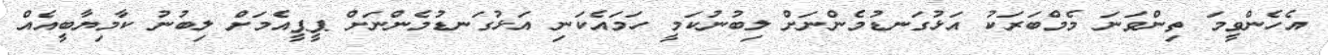
އެހެންވީމަ ތިންވަނަ މެމްބަރަކު އަޅުގަނޑުމެންނަށް ލިބުނުކަމީ ހަމައެކަނި އަޅުގަނޑުމެންނަށް ޕީޕީއެމަށް ލިބުނު ކާމިޔާބީއެއް